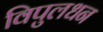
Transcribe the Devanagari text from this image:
विपुलधन